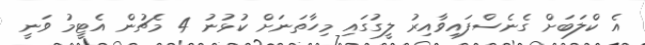
އެ ކްލަބަށް ގެނެސްފައިވާއިރު ލީގުގައި މިހާތަނަށް ކުޅުނު 4 މެޗުން އެޓީމު ވަނީ